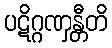
ပဋိဂ္ဂဏှန္တီတိ